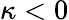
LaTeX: \kappa<0